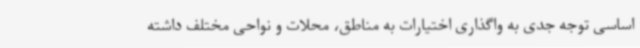
اساسی توجه جدی به واگذاری اختیارات به مناطق، محلات و نواحی مختلف داشته